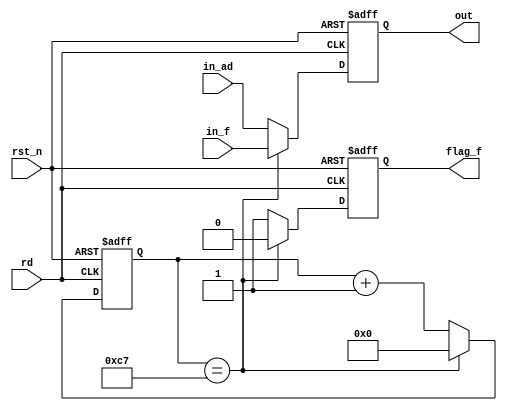
`timescale 1ns / 1ps
//////////////////////////////////////////////////////////////////////////////////
// Company: 
// Engineer: 
// 
// Design Name: 
// Module Name: mux2_module
// Project Name: 
// Target Devices: 
// Tool Versions: 
// Description: 
// 
// Dependencies: 
// 
// Revision:
// Revision 0.01 - File Created
// Additional Comments:
// 
//////////////////////////////////////////////////////////////////////////////////


module mux2_module(
	input  [63:0]in_f,
	input  [63:0]in_ad,//
	input  rd,
	input  rst_n,
//	input  sel,//
    output reg flag_f,
	output reg [63:0]out//
);
reg [9:0] cnt;
reg sel;
	always @ (posedge rd or negedge rst_n)
	if(!rst_n)begin
        cnt <= 0;
        out <= 0;
        flag_f <= 1;
    end
//    else if(cnt == 0) begin
//        out <= in_f;
//        cnt <= cnt + 1;
//    end
	else if(cnt == 199) begin
		cnt <= 0;
		out <= in_f;
		flag_f <= 0;
	end
    else begin
	    out <= in_ad;
//		out <= in_f;
	    cnt <= cnt + 1;
	    flag_f <= 1;
	end
endmodule